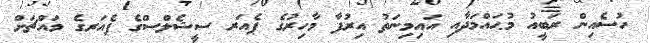
ހުސެއިން ރަބީއު މުޙައްމަދާއި އައިމިނަތު އިރުފާ މާހިރުގެ ޕެއަރ ސީޝެލްސްގެ ޕެއަރގެ މައްޗަށް